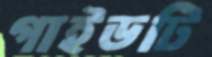
গাইডটি